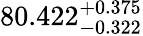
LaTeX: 80.422_{-0.322}^{+0.375}